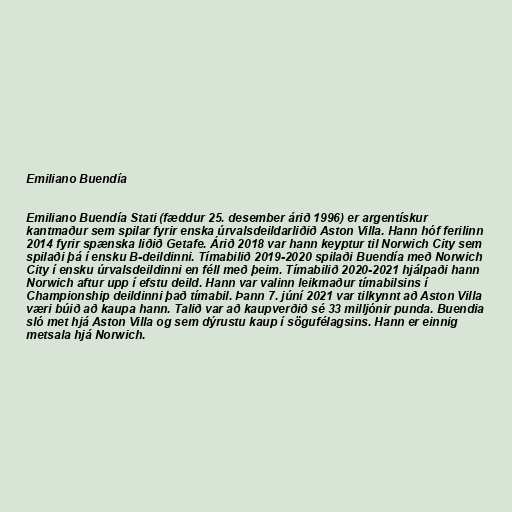
Emiliano Buendía

Emiliano Buendía Stati (fæddur 25. desember árið 1996) er argentískur
kantmaður sem spilar fyrir enska úrvalsdeildarliðið Aston Villa. Hann hóf ferilinn
2014 fyrir spænska liðið Getafe. Árið 2018 var hann keyptur til Norwich City sem
spilaði þá í ensku B-deildinni. Tímabilið 2019-2020 spilaði Buendía með Norwich
City í ensku úrvalsdeildinni en féll með þeim. Tímabilið 2020-2021 hjálpaði hann
Norwich aftur upp í efstu deild. Hann var valinn leikmaður tímabilsins í
Championship deildinni það tímabil. Þann 7. júní 2021 var tilkynnt að Aston Villa
væri búið að kaupa hann. Talið var að kaupverðið sé 33 milljónir punda. Buendia
sló met hjá Aston Villa og sem dýrustu kaup í sögufélagsins. Hann er einnig
metsala hjá Norwich.